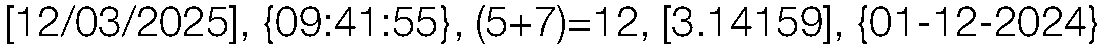
[12/03/2025], {09:41:55}, (5+7)=12, [3.14159], {01-12-2024}